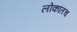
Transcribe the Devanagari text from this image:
लोकांतच